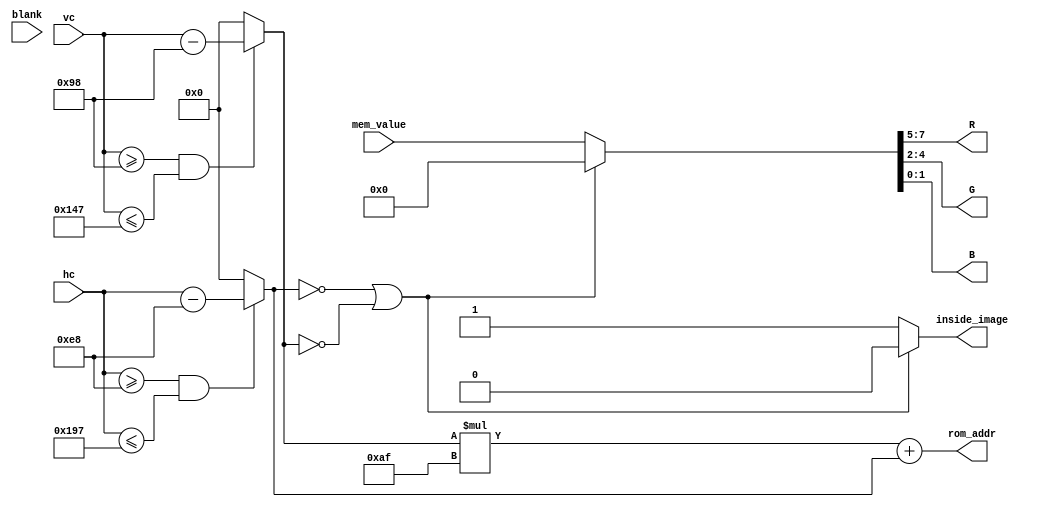
module vga_bsprite(hc, vc, mem_value, rom_addr, R, G, B, blank, inside_image);
	input [10:0] hc, vc;	
	input [7:0] mem_value;	
	input blank;
	output reg [14:0] rom_addr;	
	output reg [2:0] R, G;
	output reg [1:0] B;	
	output reg inside_image;
	parameter [10:0] VGA_WIDTH = 640;
	parameter [10:0] VGA_HEIGHT = 480;
	parameter [7:0] IMG_WIDTH = 175;
	parameter [7:0] IMG_HEIGHT = 175;
	parameter [3:0] SCALE = 1;
	parameter [10:0] START_X = (VGA_WIDTH - (IMG_WIDTH * SCALE)) / 2;
	parameter [10:0] START_Y = (VGA_HEIGHT - (IMG_HEIGHT * SCALE)) / 2;
	parameter [10:0] END_X = START_X + IMG_WIDTH;
	parameter [10:0] END_Y = START_Y + IMG_HEIGHT;
	reg [10:0] x, y;
	wire [10:0] div_hc, div_vc;
	wire [11:0] mult_x1, mult_y1;
	assign div_hc = hc >> (SCALE >> 1);
	assign div_vc = vc >> (SCALE >> 1);
	assign mult_x1 = END_X << (SCALE >> 1);
	assign mult_y1 = END_Y << (SCALE >> 1);
	always @ (*) begin
		if (hc >= START_X & hc <= mult_x1)		
			x = div_hc - START_X;	
		else
			x = 0;
		if (vc >= START_Y & vc <= mult_y1)		
			y = div_vc - START_Y;	
		else
			y = 0;
		rom_addr = y*IMG_WIDTH + x;
		if (x==0 | y==0) begin		
			{R,G,B} = 8'd0;
			inside_image <= 1'b0;
		end else begin
			{R,G,B} = mem_value;
			inside_image <= 1'b1;
		end
	end
endmodule